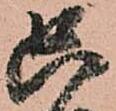
只